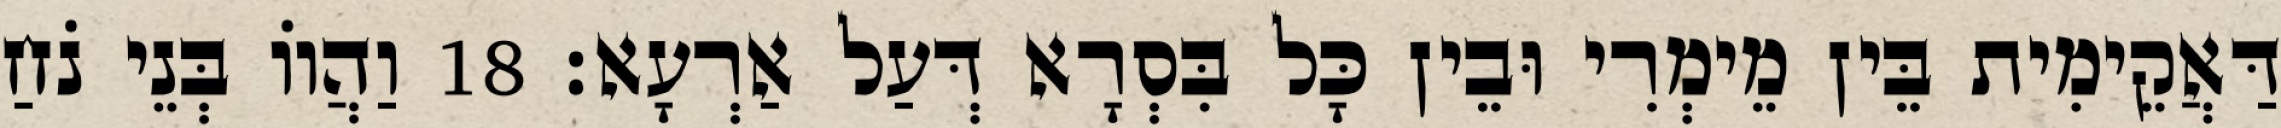
דַּאֲקֵימִית בֵּין מֵימְרִי וּבֵין כָּל בִּסְרָא דְּעַל אַרְעָא׃ 18 וַהֲווֹ בְּנֵי נֹחַ